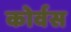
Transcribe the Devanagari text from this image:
कोर्वस